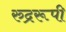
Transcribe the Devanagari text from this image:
रुद्ररूपी